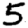
Digit: 5